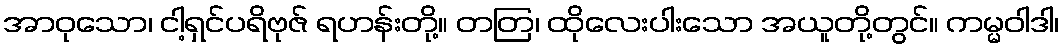
အာဝုသော၊ ငါ့ရှင်ပရိဗုဇ် ရဟန်းတို့။ တတြ၊ ထိုလေးပါးသော အယူတို့တွင်။ ကမ္မဝါဒါ၊